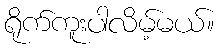
ရိုက်ကူးပါလိမ့်မယ်။